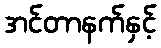
အင်တာနက်နှင့်